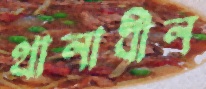
থানাধীন